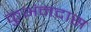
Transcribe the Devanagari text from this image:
कुभंनदास